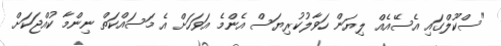
"ސްކޫލްގައި އެސޭއެއް ލިޔަން ހަވާލުކުރިޔަސް އެންމެ އަވަހަށް އެ މަސައްކަތް ނިންމާ ކުއްޖަކަށް